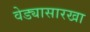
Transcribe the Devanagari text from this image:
वेड्यासारखा